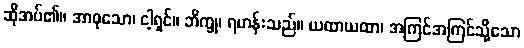
ဆိုအပ်၏။ အာဝုသော၊ ငါ့ရှင်။ ဘိက္ခု၊ ရဟန်းသည်။ ယထာယထာ၊ အကြင်အကြင်သို့သော